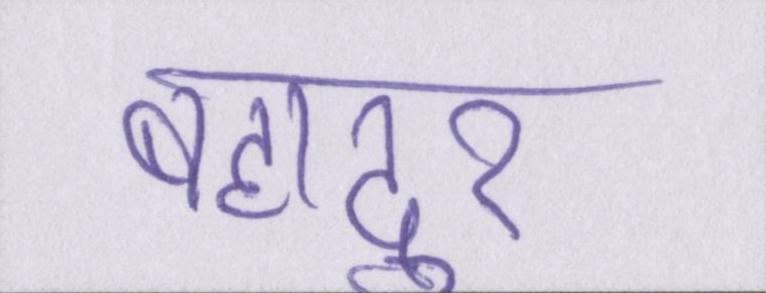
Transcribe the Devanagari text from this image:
बहादुर